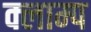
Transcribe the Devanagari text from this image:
क्लाम्प